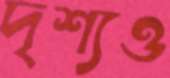
দৃশ্যও